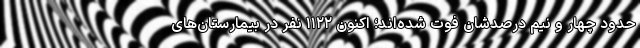
حدود چهار و نیم درصدشان فوت شده‌اند؛ اکنون ۱۱۲۲ نفر در بیمارستان‌های